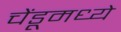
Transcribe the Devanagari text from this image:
चेंडूमध्ये